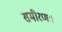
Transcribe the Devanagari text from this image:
समीरणः।